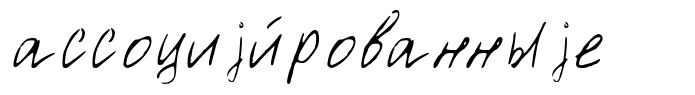
ассоциjи́рованныjе